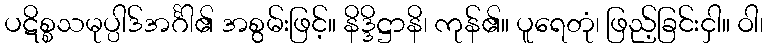
ပဋိစ္စသမုပ္ပါဒ်အင်္ဂါ၏ အစွမ်းဖြင့်။ နိဒ္ဒိဋ္ဌာနိ၊ ကုန်၏။ ပူရေတုံ၊ ဖြည့်ခြင်းငှါ။ ဝါ၊